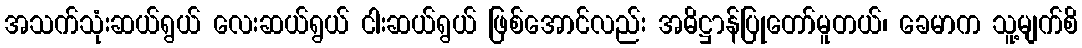
အသက်သုံးဆယ်ရွယ် လေးဆယ်ရွယ် ငါးဆယ်ရွယ် ဖြစ်အောင်လည်း အဓိဋ္ဌာန်ပြုတော်မူတယ်၊ ခေမာက သူ့မျက်စိ